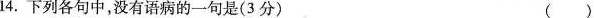
14. 下列各句中，没有语病的一句是(3分) ()